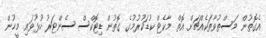
އެގޮތުން މަސްތުވާތަކެއްޗަށް އޮތް މާކެޓް ކުޑަކުުރުމުގެ ގޮތުން ޑިޓޮކްސް ސެންޓަރު ހުޅުވައި މީހުން